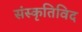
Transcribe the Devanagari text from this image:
संस्कृतिविद